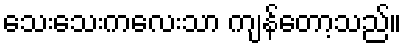
သေးသေးကလေးသာ ကျန်တော့သည်။